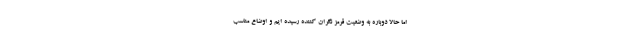
اما حالا دوباره به وضعیت قرمز نگران کننده‌ رسیده ایم و اوضاع مناسب